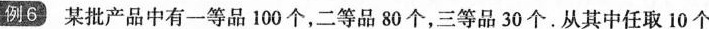
例6 某批产品中有一等品100个，二等品80个，三等品30个.从其中任取10个